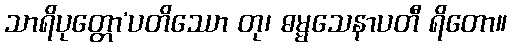
သာရိပုတ္တော’ပတိဿော တု၊ ဓမ္မသေနာပတီ ရိတော။